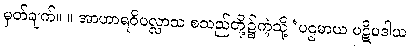
မှတ်ချက်။ ။ အာဟာရဝိပလ္လာသ စသည်တို့၌ကဲ့သို့ ‘ပဌမာယ ပဋိပဒါယ